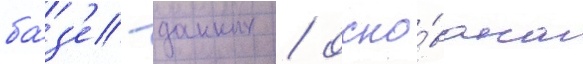
ба́з'е -данных / осно́вана